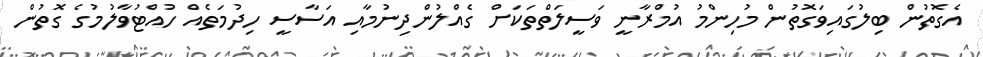
އެގޮތުން ބިލުގައިވަގޮތުން މުހިންމު އުމްރާނީ ވަސީލަތްތަކަށް ގެއްލުންދިނުމާއި އަސާސީ ހިދުމަތެއް ހުއްޓުވާލުމުގެ ގޮތުން